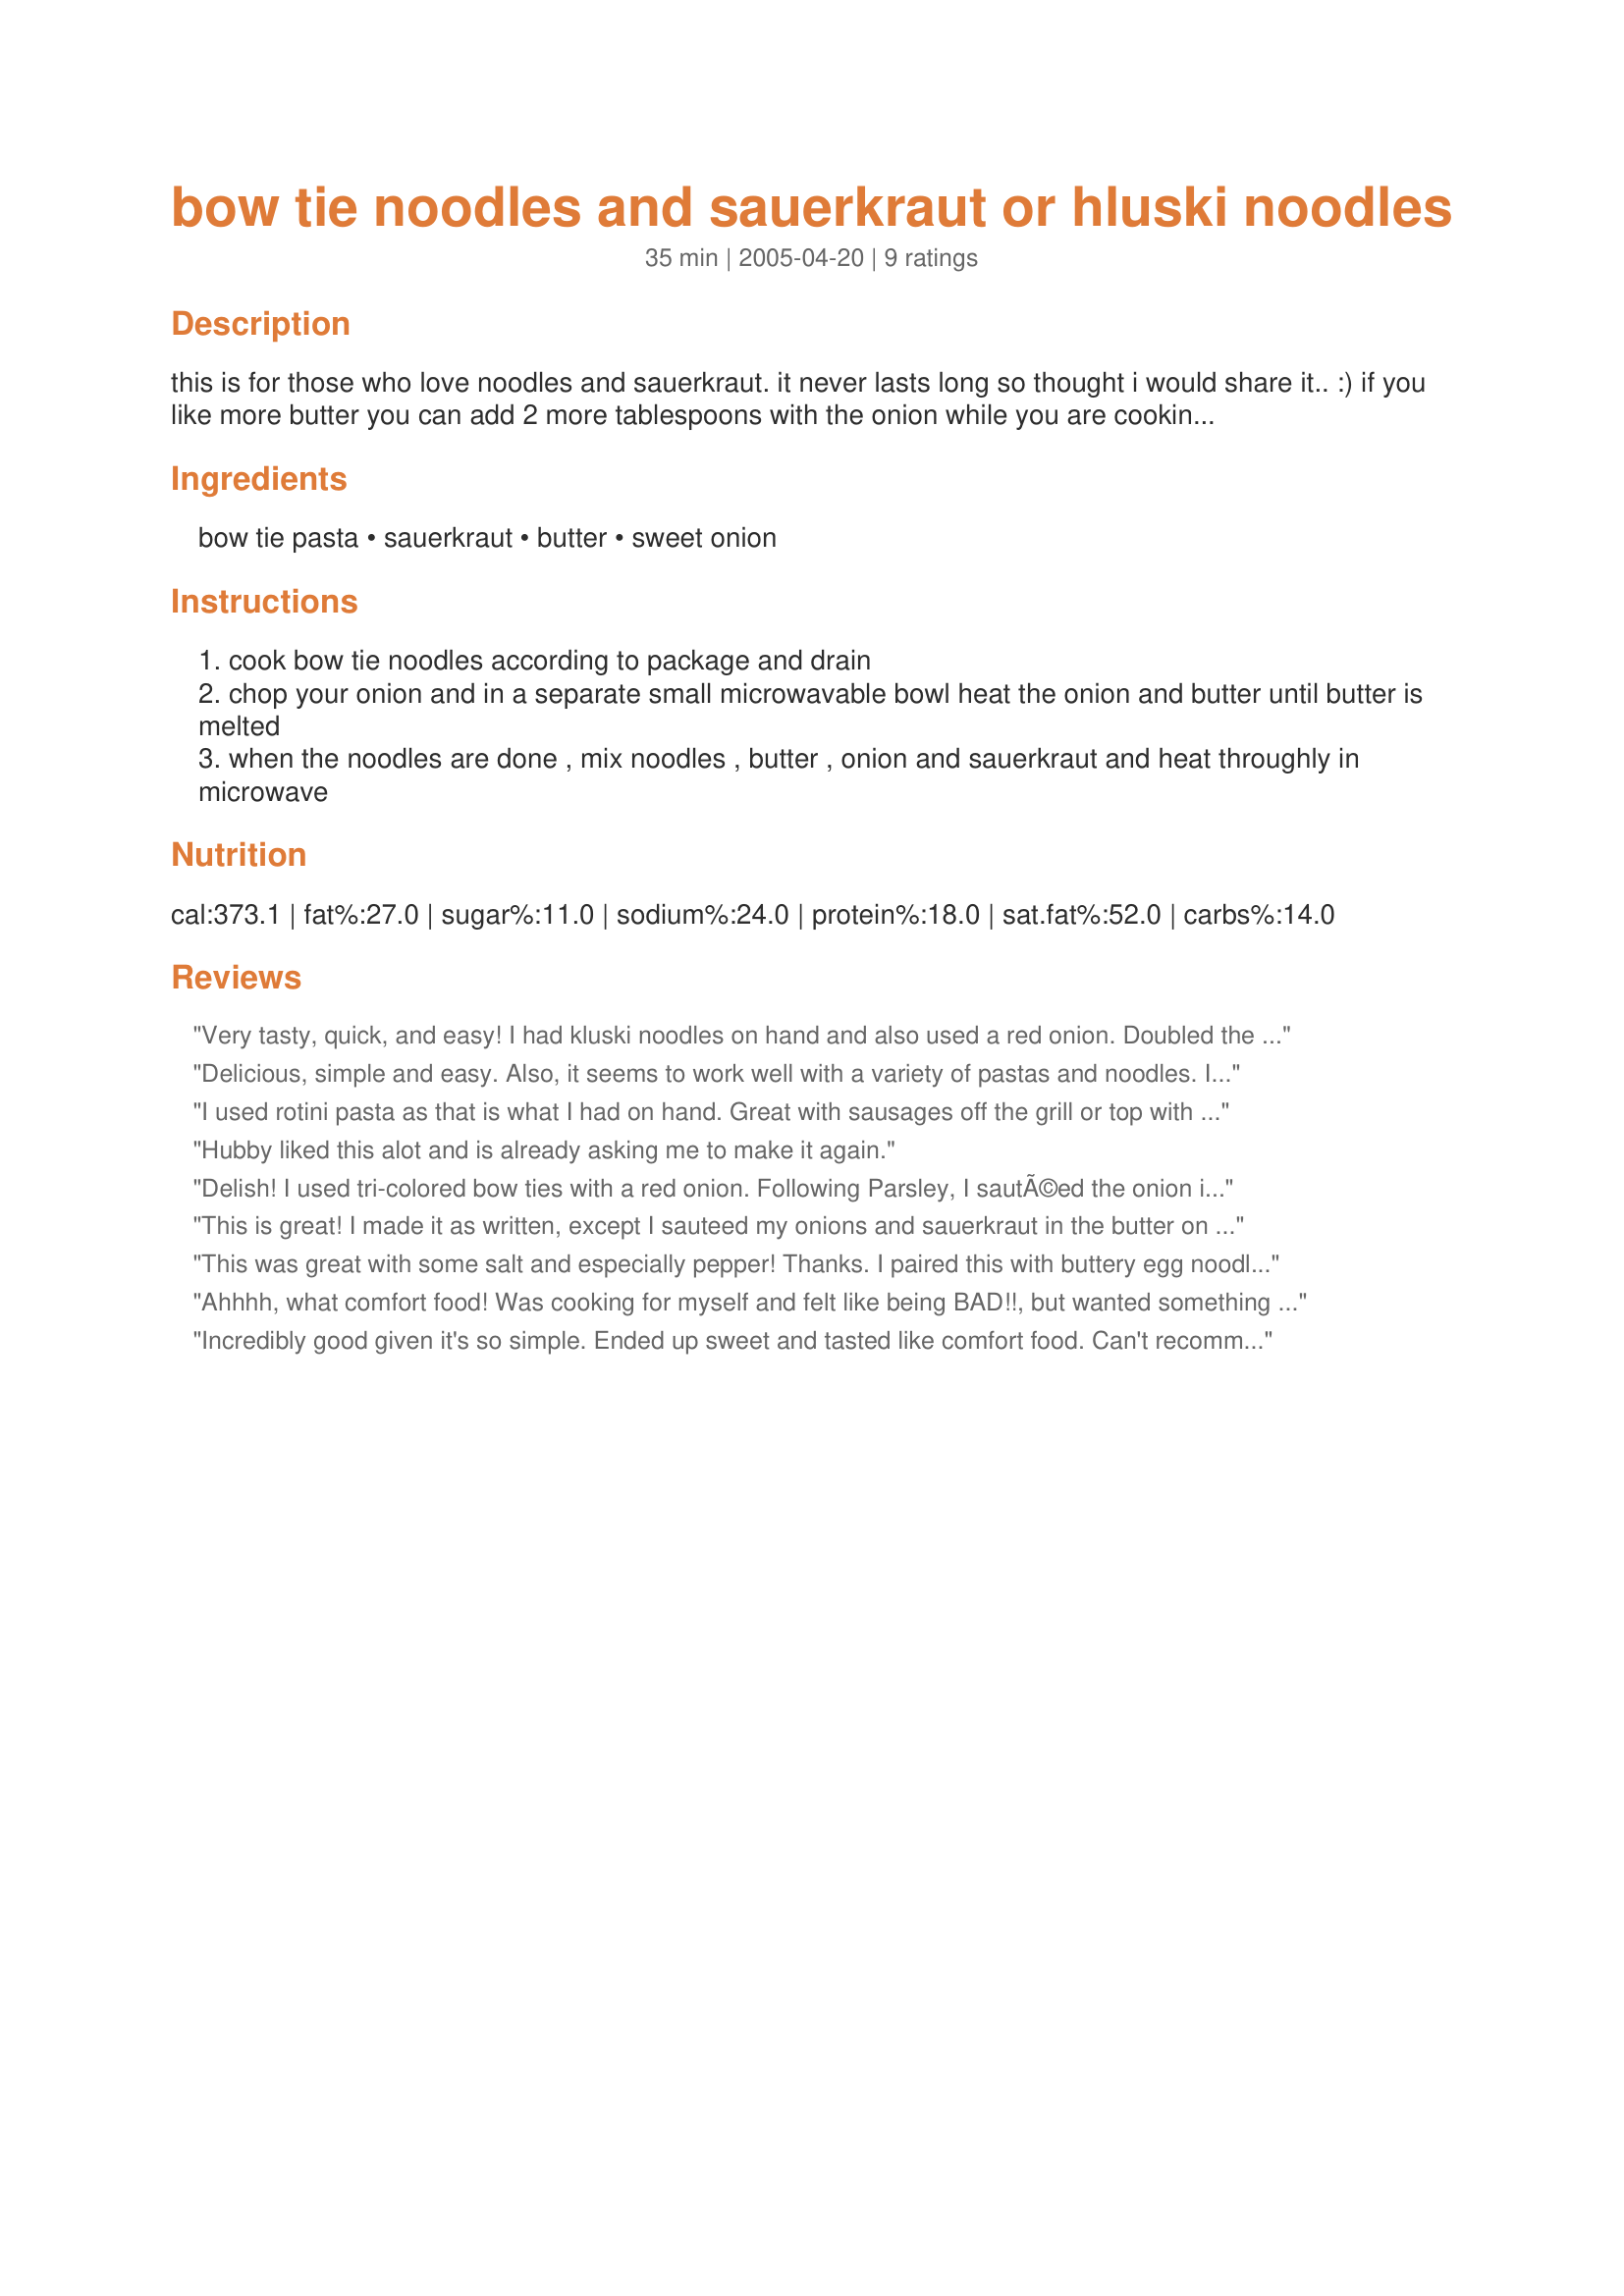
bow tie noodles and sauerkraut or hluski noodles
Preparation time: 35 minutes

this is for those who love noodles and sauerkraut. it never lasts long so thought i would share it.. :)

if you like more butter you can add 2 more tablespoons with the onion while you are cooking it.
enjoy!!

Ingredients:
bow tie pasta, sauerkraut, butter, sweet onion

Steps:
cook bow tie noodles according to package and drain
chop your onion and in a separate small microwavable bowl heat the onion and butter until butter is melted
when the noodles are done , mix noodles , butter , onion and sauerkraut and heat throughly in microwave

Reviews:
Very tasty, quick, and easy! I had kluski noodles on hand and also used a red onion. Doubled the recipe to share with my mom and dad for lunch tomorrow...they will love this. Thank you Jan!
Delicious, simple and easy. Also, it seems to work well with a variety of pastas and noodles. I used egg noodles and these worked quite well. Definitely will make again.
I used rotini pasta as that is what I had on hand. Great with sausages off the grill or top with a little sour cream and chives for a satisfying comfort food. Simple and delicious !!! I will make this again and may try Bavarian Style Kraut as we love both.
Hubby liked this alot and is already asking me to make it again.
Delish! I used tri-colored bow ties with a red onion. Following Parsley, I sautÃ©ed the onion in the butter for a few minutes then added the sauerkraut. Dinner was ready in just a few minutes. This was served with grilled sausages
This is great! I made it as written, except I sauteed my onions and sauerkraut in the butter on the stovetop, and mixed it altogether from there. Delicious, easy comfort food. Thanx for posting this; I'll make it again.
This was great with some salt and especially pepper! Thanks. I paired this with buttery egg noodles vs bow tie
Ahhhh, what comfort food! Was cooking for myself and felt like being BAD!!, but wanted something I never had before. This was it! Easy, quick and oh,so yummy. Did not have a sweet onion so I used a red onion with a good pinch of sugar. guess I should tell you that I said BAD, meaning that I usually stay on very low fat diet, but this is really not too bad in that sense either. Thanks so much for sharing.
Incredibly good given it's so simple. Ended up sweet and tasted like comfort food. Can't recommend it enough for something really good, healthful and fast.
